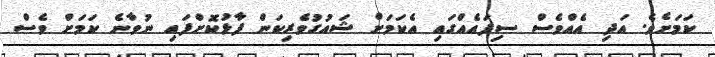
ކަމަށެވެ. އަދި އެއްވެސް ސިފައެއްގައި އެކަމަށް ޝައުގުވެރިކަން ފާޅުކޮށްފައި ނުވާނެ ކަމަށް ވެސް